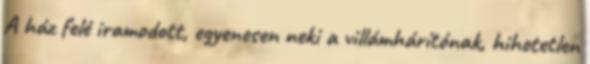
A ház felé iramodott, egyenesen neki a villámhárítónak, hihetetlen